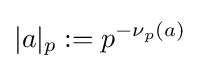
|a|_{p}:=p^{-\nu _{p}(a)}